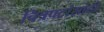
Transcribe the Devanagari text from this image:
चित्रपटांसांठी